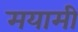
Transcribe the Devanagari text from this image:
मयामी